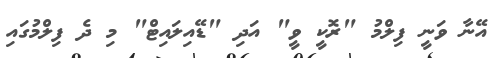
އޭނާ ވަނީ ފިލްމު "ރޮކީ ވީ" އަދި "ޑޭއިލައިޓް" މި ދެ ފިލްމުގައި